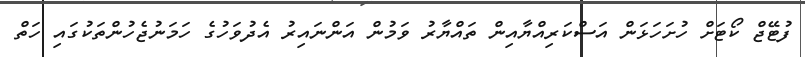
ފުޓޭޖް ކޯޓަށް ހުށަހަޅަން އަސްކަރިއްޔާއިން ތައްޔާރު ވަމުން އަންނައިރު އެދުވަހުގެ ހަމަނުޖެހުންތަކުގައި ހަތް